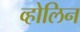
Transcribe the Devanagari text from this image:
व्होलिन